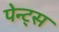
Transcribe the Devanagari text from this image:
पेन्ट्स